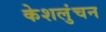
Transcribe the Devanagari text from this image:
केशलुंचन